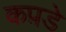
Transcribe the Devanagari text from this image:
कप़डे